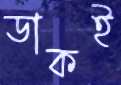
ডাকই